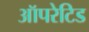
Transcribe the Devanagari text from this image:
ऑपरेटिड